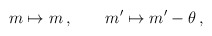
\begin{align*} m\mapsto m\,,\qquad m'\mapsto m'-\theta\,,\end{align*}